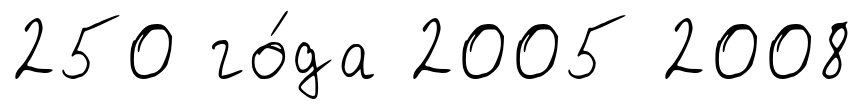
250 го́да 2005 2008